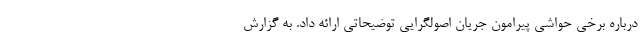
درباره برخی حواشی پیرامون جریان اصولگرایی توضیحاتی ارائه داد. به گزارش